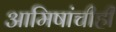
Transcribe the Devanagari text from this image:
आमिषांचीही